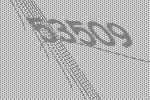
53509